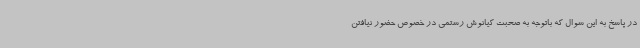
در پاسخ به این سوال که باتوجه به صحبت کیانوش رستمی در خصوص حضور نیافتن